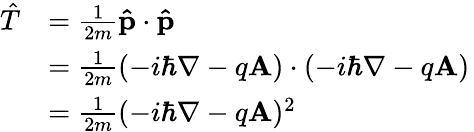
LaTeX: {\begin{array}{rl}{{\hat{T}}}&{={\frac{1}{2m}}\mathbf{\hat{p}}\cdot\mathbf{\hat{p}}}\\ &{={\frac{1}{2m}}(-i\hbar\nabla-q\mathbf{A})\cdot(-i\hbar\nabla-q\mathbf{A})}\\ &{={\frac{1}{2m}}(-i\hbar\nabla-q\mathbf{A})^{2}}\end{array}}\,